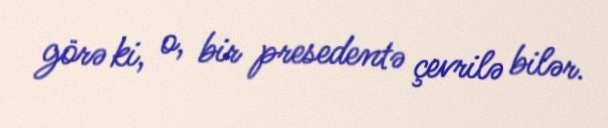
görə ki, o, bir presedentə çevrilə bilər.